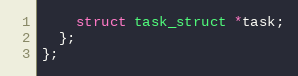
Language: C++
    struct task_struct *task;
  };
};